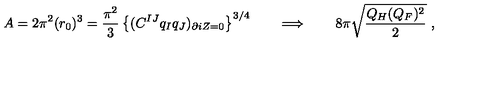
A = 2 \pi ^ { 2 } ( r _ { 0 } ) ^ { 3 } = { \frac { \pi ^ { 2 } } { 3 } } \left\{ ( C ^ { I J } q _ { I } q _ { J } ) _ { \partial i Z = 0 } \right\} ^ { 3 / 4 } \qquad \Longrightarrow \qquad 8 \pi \sqrt { \frac { Q _ { H } ( Q _ { F } ) ^ { 2 } } { 2 } } \ ,